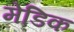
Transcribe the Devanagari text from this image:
मेडिक